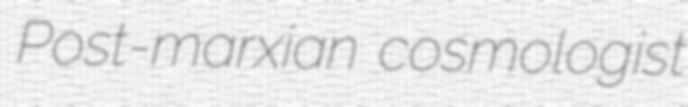
Post-marxian cosmologist